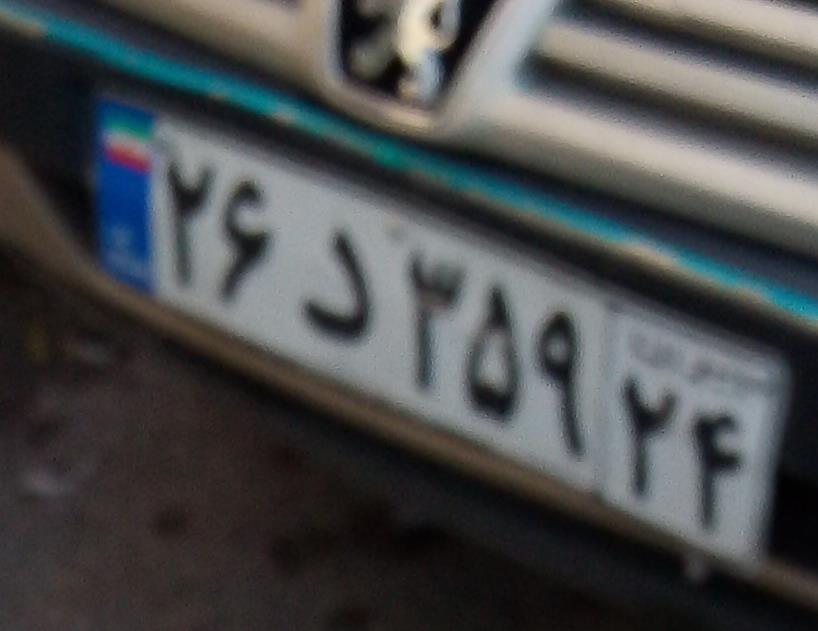
۲۶د۳۵۹۲۴